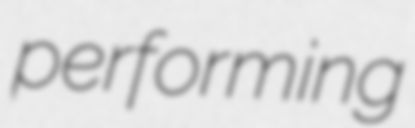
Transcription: performing